Philaematomyia insignis, Austen - Number 54
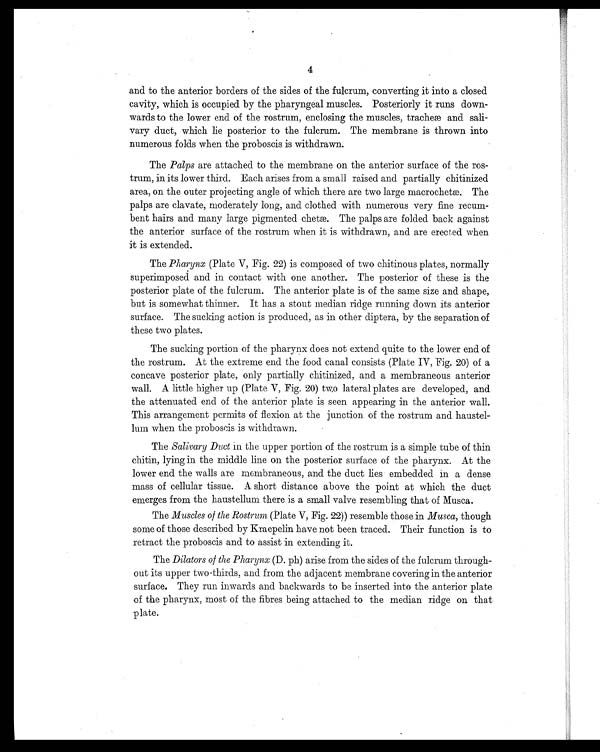
4
and to the anterior borders of the sides of the fulcrum, converting it into a closed
cavity, which is occupied by the pharyngeal muscles. Posteriorly it runs down
-wards to the lower end of the rostrum, enclosing the muscles, tracheæ and sali
-vary duct, which lie posterior to the fulcrum. The membrane is thrown into
numerous folds when the proboscis is withdrawn.
The Palps are attached to the membrane on the anterior surface of the ros
-trum, in its lower third. Each arises from a small raised and partially chitinized
area, on the outer projecting angle of which there are two large macrochetæ. The
palps are clavate, moderately long, and clothed with numerous very fine recum
-bent hairs and many large pigmented chetæ. The palps are folded back against
the anterior surface of the rostrum when it is withdrawn, and are erected when
it is extended.
The Pharynx (Plate V, Fig. 22) is composed of two chitinous plates, normally
superimposed and in contact with one another. The posterior of these is the
posterior plate of the fulcrum. The anterior plate is of the same size and shape,
but is somewhat thinner. It has a stout median ridge running down its anterior
surface. The sucking action is produced, as in other diptera, by the separation of
these two plates.
The sucking portion of the pharynx does not extend quite to the lower end of
the rostrum. At the extreme end the food canal consists (Plate IV, Fig. 20) of a
concave posterior plate, only partially chitinized, and a membraneous anterior
wall. A little higher up (Plate V, Fig. 20) two lateral plates are developed, and
the attenuated end of the anterior plate is seen appearing in the anterior wall.
This arrangement permits of flexion at the junction of the rostrum and haustel
-lum when the proboscis is withdrawn.
The Salivary Duct in the upper portion of the rostrum is a simple tube of thin
chitin, lying in the middle line on the posterior surface of the pharynx. At the
lower end the walls are membraneous, and the duct lies embedded in a dense
mass of cellular tissue. A short distance above the point at which the duct
emerges from the haustellum there is a small valve resembling that of Musca.
The Muscles of the Rostrum (Plate V, Fig. 22)) resemble those in Musca, though
some of those described by Kraepelin have not been traced. Their function is to
retract the proboscis and to assist in extending it.
The Dilators of the Pharynx (D. ph) arise from the sides of the fulcrum through
-out its upper two-thirds, and from the adjacent membrane covering in the anterior
surface. They run inwards and backwards to be inserted into the anterior plate
of the pharynx, most of the fibres being attached to the median ridge on that
plate.